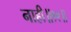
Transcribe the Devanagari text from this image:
नाही॥१९॥